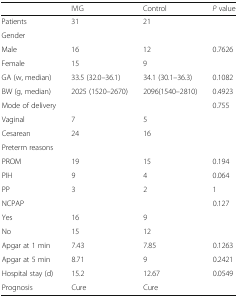
|  | IVIG | Control | P value |
 | --- | --- | --- | --- |
 | Patients | 31 | 21 |  |
 | <COLSPAN=4> Gender |
 | Male | 16 | 12 | 0.7626 |
 | Female | 15 | 9 |  |
 | GA (w, median) | 33.5 (32.0–36.1) | 34.1 (30.1–36.3) | 0.1082 |
 | BW (g, median) | 2025 (1520–2670) | 2096(1540–2810) | 0.4923 |
 | Mode of delivery |  |  | 0.755 |
 | Vaginal | 7 | 5 |  |
 | Cesarean | 24 | 16 |  |
 | <COLSPAN=4> Preterm reasons |
 | PROM | 19 | 15 | 0.194 |
 | PIH | 9 | 4 | 0.064 |
 | PP | 3 | 2 | 1 |
 | NCPAP |  |  | 0.127 |
 | Yes | 16 | 9 |  |
 | No | 15 | 12 |  |
 | Apgar at 1 min | 7.43 | 7.85 | 0.1263 |
 | Apgar at 5 min | 8.71 | 9 | 0.2421 |
 | Hospital stay (d) | 15.2 | 12.67 | 0.0549 |
 | Prognosis | Cure | Cure |  |